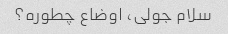
سلام جولی، اوضاع چطوره؟